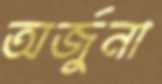
অর্জুনা